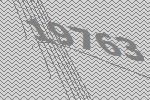
19763